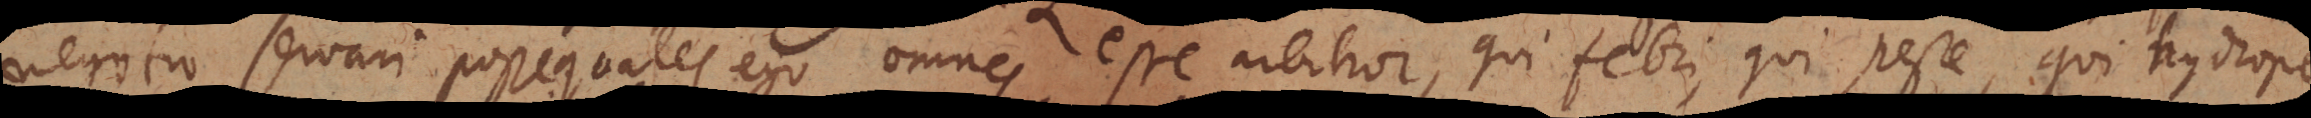
negotio servari posse quales ego omnes esse arbitror, qui febri, qui peste, qui hydrope